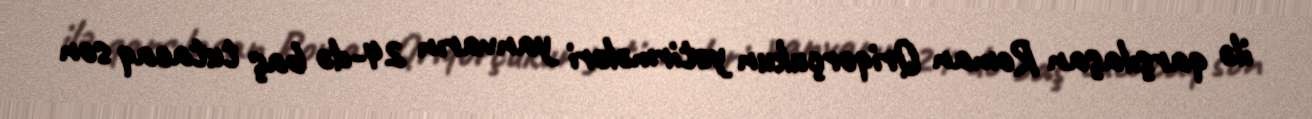
ilə qarşılaşan Roman Qriqorçukun yetirmələri yanvarın 24-də baş tutacaq son